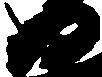
日